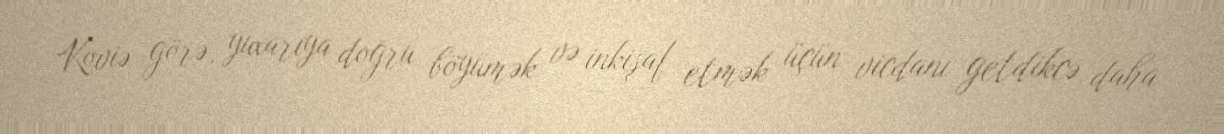
Koviə görə, yuxarıya doğru böyümək və inkişaf etmək üçün vicdanı getdikcə daha